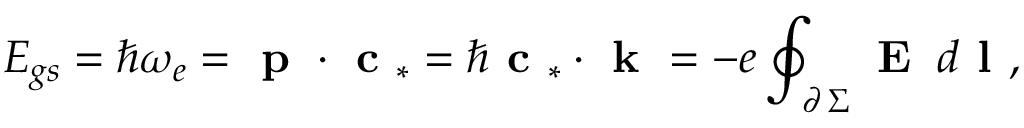
E _ { g s } = \hbar \omega _ { e } = \textbf { p } \cdot \textbf { c } _ { * } = \hbar \textbf { c } _ { * } \cdot \textbf { k } = - e \oint _ { \scriptstyle \partial \, \Sigma } \textbf { E } \, d \textbf { l } ,